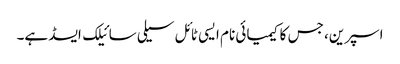
اسپرین، جس کا کیمیائی نام ایسی ٹائل سیلی سائیلک ایسڈ ہے۔